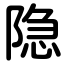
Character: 隐